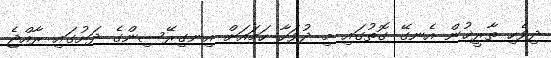
ދިވެހި ތާރީޚުން އެނގޭ ގޮތުގައި މި ދުވަހާ ހަމައަށް އިނގިރޭސިންގެ ދަށުގައި ރާއްޖެ